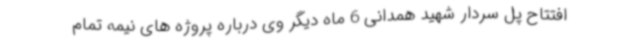
افتتاح پل سردار شهید همدانی 6 ماه دیگر وی درباره پروژه های نیمه تمام